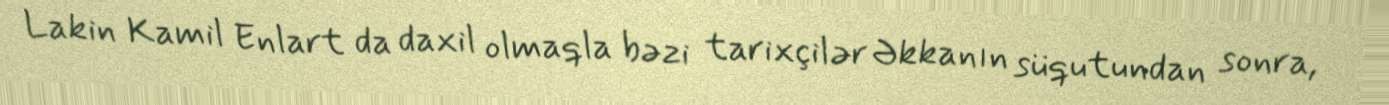
Lakin Kamil Enlart da daxil olmaqla bəzi tarixçilər Əkkanın süqutundan sonra,